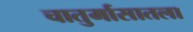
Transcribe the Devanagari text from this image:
चातुर्मासातला